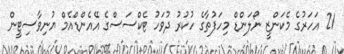
21 އަހަރުގެ މެކަންޒީ ނޯލަންޑް މިހަފުތާގެ ހުކުރު ދުވަހު ޓެކްސަސްގެ އޭއެންޑްއެމް ޔުނިވާސިޓީން